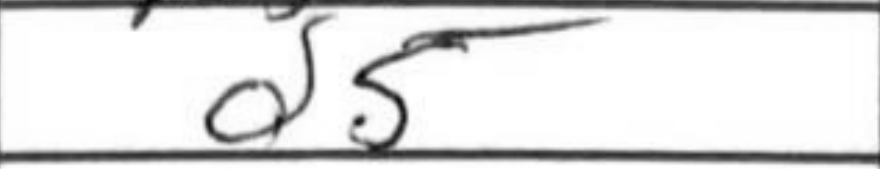
Transcription: d5